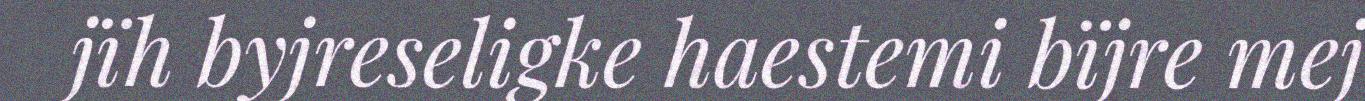
jïh byjreseligke haestemi bïjre mej